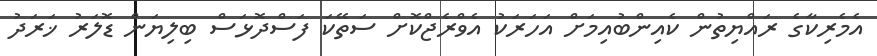
އެމެރިކާގެ ރައްޔިތުން ކެއިންބުއިމަށް އަހަރަކު އެވްރެޖްކޮށް ސަތޭކަ ފަސްދޮޅަސް ބިލިޔަން ޑޮލަރު ޚަރަދު